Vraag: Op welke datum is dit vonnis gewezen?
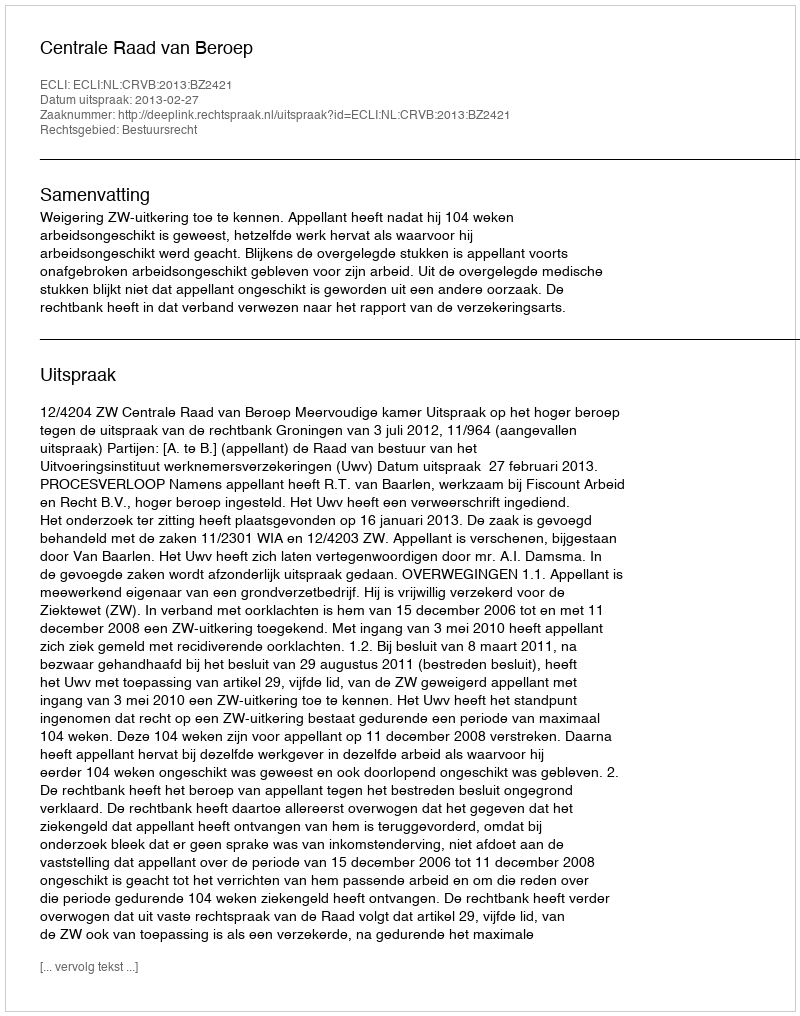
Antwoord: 2013-02-27